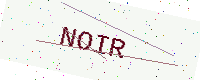
Text: NOIR